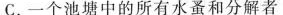
C.一个池塘中的所有水蚤和分解者